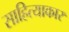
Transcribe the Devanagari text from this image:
साहित्याकार